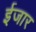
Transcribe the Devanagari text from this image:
ईजार